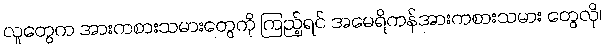
လူတွေက အားကစားသမားတွေကို ကြည့်ရင် အမေရိကန်အားကစားသမား တွေလို၊